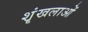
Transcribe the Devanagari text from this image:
शॄंखलाओं